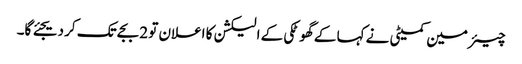
چیئرمین کمیٹی نے کہا کے گھوٹکی کے الیکشن کا اعلان تو 2 بجے تک کر دیجئے گا۔